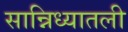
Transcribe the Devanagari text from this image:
सान्निध्यातली